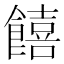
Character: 饎